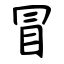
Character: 冒